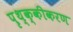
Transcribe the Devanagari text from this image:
पृथ्क्कीकरण